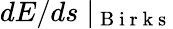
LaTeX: dE/ds\mid_{\mathrm{~B~i~r~k~s~}}